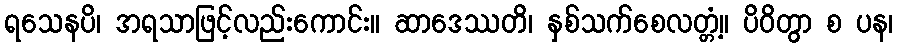
ရသေနပိ၊ အရသာဖြင့်လည်းကောင်း။ ဆာဒေဿတိ၊ နှစ်သက်စေလတ္တံ့။ ပိဝိတွာ စ ပန၊